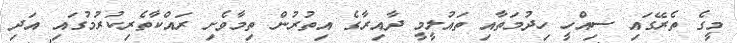
މީގެ ތެރޭގައި ސިއްހީ ހިދުމަތާއި ތައުލީމީ ދާއިރާގެ އިތުރުން ތިމާވެށި ރައްކާތެރިކުރުމުގައި އަދި